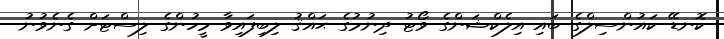
ކޮނޑޭ ކައުންސިލްގެ ބައި-އިލެކްޝަންގެ ވޯޓު ދިނުމުގެ ޙައްޤު ލިބިފައިވާ މީހުންގެ ލިސްޓަށް ގެނެވުނު